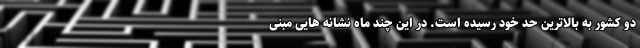
دو کشور به بالاترین حد خود رسیده است. در این چند ماه نشانه هایی مبنی